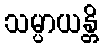
သမ္ပာယန္တိ